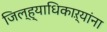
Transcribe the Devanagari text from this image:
जिल्ह्याधिकाऱ्यांना